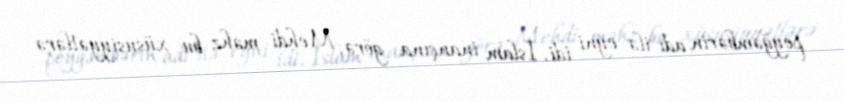
peyğəmbərin adı ilə eyni idi. İslam inançına görə, Mehdi məhz bu xüsusiyyətlərə